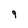
Character: g